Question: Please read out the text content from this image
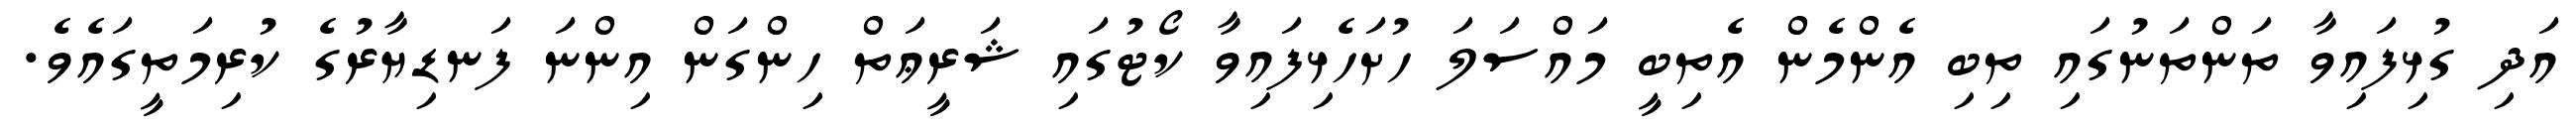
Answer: އަދި ގުޅިފައިވާ ތަންތަނުގައި ތިބި އެންމެން އެތިބީ މައްސަލަ ހުށަހެޅިފައިވާ ކޯޓުގައި ޝަރީޢަތް ހިންގަން އިންނަ ފަނޑިޔާރުގެ ކުރިމަތީގައެވެ.